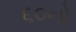
૬૦નો